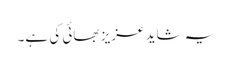
یہ شاید عزیز بھائی کی ہے۔